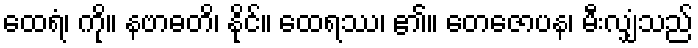
ထေရံ၊ ကို။ နဗာဓတိ၊ နိုင်။ ထေရဿ၊ ၏။ တေဇောပန၊ မီးလျှံသည်